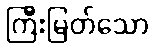
ကြီးမြတ်သော